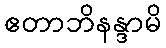
ဧတာဘိနန္ဒာမိ